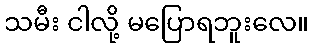
သမီး ငါလို့ မပြောရဘူးလေ။